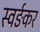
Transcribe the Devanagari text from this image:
स्वर्ङकर